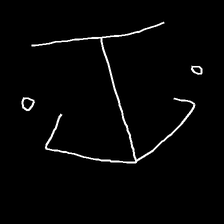
Glyph: earth